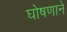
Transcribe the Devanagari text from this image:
घोषणाने